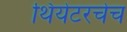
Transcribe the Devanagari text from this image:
थियेटरचेच